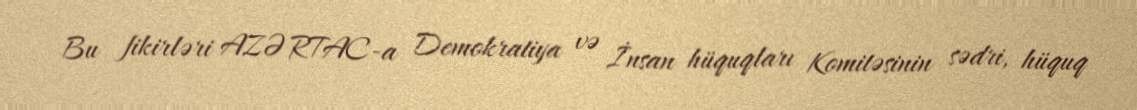
Bu fikirləri AZƏRTAC-a Demokratiya və İnsan hüquqları Komitəsinin sədri, hüquq